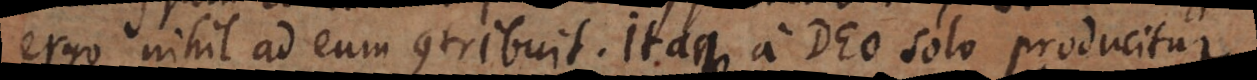
ergo nihil ad eum contribuit. Itaque a Deo solo producitur.